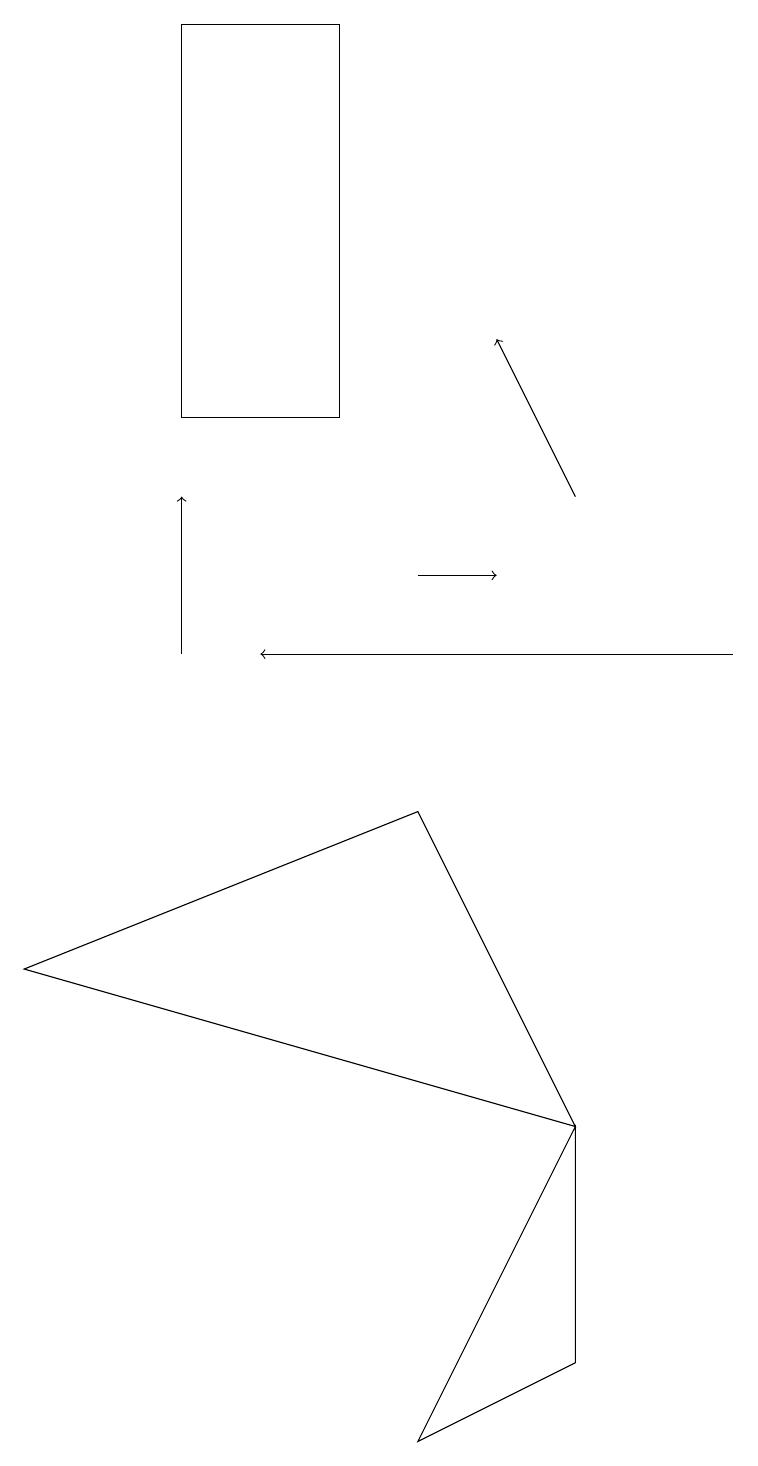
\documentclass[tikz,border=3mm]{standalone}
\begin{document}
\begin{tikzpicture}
\draw (5,8) -- (0,6) -- (7,4) -- cycle;
\draw[->] (7,12) -- (6,14);
\draw (2,18) rectangle (4,13);
\draw[->] (9,10) -- (3,10);
\draw (5,0) -- (7,4) -- (7,1) -- cycle;
\draw[->] (5,11) -- (6,11);
\draw[->] (2,10) -- (2,12);
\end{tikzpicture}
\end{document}